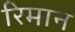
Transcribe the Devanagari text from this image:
रिमान